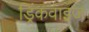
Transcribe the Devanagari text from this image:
ड्रिंकवाइज